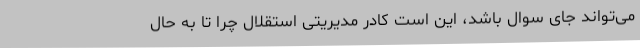
می‌تواند جای سوال باشد، این است کادر مدیریتی استقلال چرا تا به حال